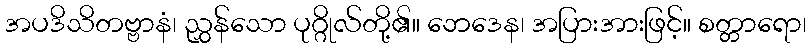
အပဒိသိတဗ္ဗာနံ၊ ညွှန်သော ပုဂ္ဂိုလ်တို့၏။ ဘေဒေန၊ အပြားအားဖြင့်။ စတ္တာရော၊